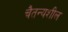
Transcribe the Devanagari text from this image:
चैतन्यशील